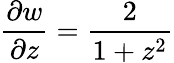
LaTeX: \frac{\partial w}{\partial z}=\frac{2}{1+z^{2}}